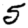
Digit: 5